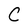
Character: C